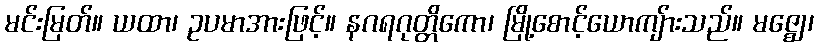
မင်းမြတ်။ ယထာ၊ ဥပမာအားဖြင့်။ နဂရဂုတ္တိကော၊ မြို့စောင့်ယောကျ်ားသည်။ မဇ္ဈေ၊